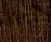
هيا